Annual returns of the Patna Lunatic Asylum at Bankipore in Bihar and Orissa - 1912-1924
Year: 1912
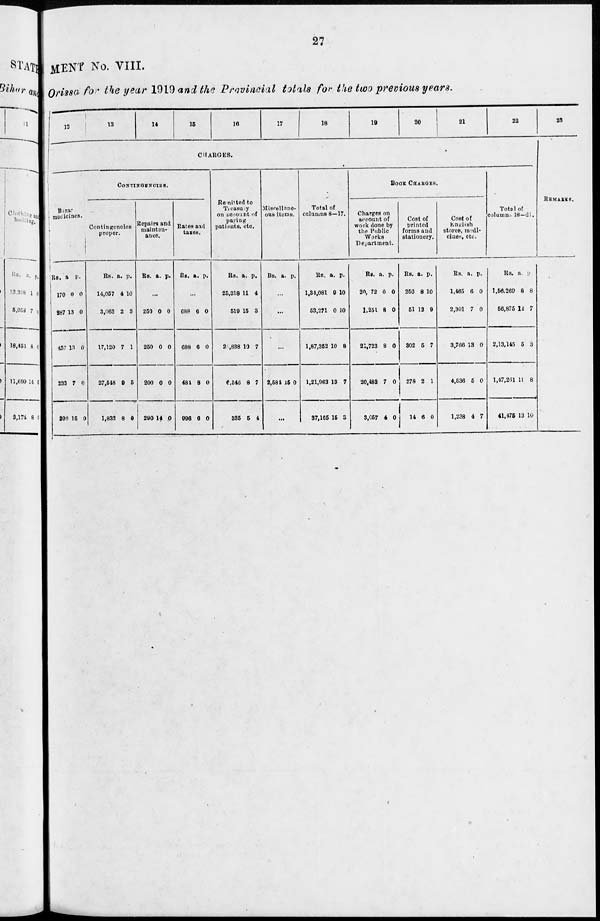
27
MENT No. VIII.
Orissa for the year 1919 and the Provincial totals for the two previous years.
12
13
14
15
16
17
18
19
20
21
22
CHARGES.
CONTINGENCIES.
Bazar
medicines.
Rs.
170
287
457
233
206
a.
0
13
13
7
15
p.
0
0
0
0
0
Contingencies
proper.
Rs.
14,057
3,063
17,120
27,548
1,832
a.
4
2
7
9
8
p.
10
3
1
5
0
Repairs and
mainten-
ance.
RS. a. p.
...
250
250
200
290
0
0
0
14
0
0
0
0
Rates and
taxes.
RS. a.
p.
...
688
688
481
996
6
0
8
6
0
0
0
0
Remitted to
Treasury
on account of
paying
patients, etc.
RS.
25,318
519
2 ,838
6,546
335
a.
11
15
10
8
5
p.
4
3
7
7
4
Miscellane-
ous items.
Rs. a.
p.
...
...
...
2,584 15 0
...
Total of
columns 8—17.
RS.
1,34,081
53,271
1,87,352
1,21,963
37,165
a.
9
0
10
13
15
p.
10
10
8
7
3
BOOK CHARGES.
Charges on
account of
work done by
the Public
Works
Department.
RS.
20, 72
1,251
21,723
20,463
3,057
a.
0
8
8
7
4
p.
0
0
0
0
0
Cost of
printed
forms and
stationer.
Rs.
250
51
302
278
14
a.
8
12
5
2
6
p.
10
9
7
1
0
Cost of
English
stores, medi-
cines, etc.
Rs.
1,465
2,301
3,766
4,536
1,238
a.
6
7
13
5
4
p.
0
0
0
0
7
Totol of
columns 18—21.
Rs.
1,56,260
56,876
2,13,145
1,47,261
41,475
a.
8
12
5
11
13
p.
8
7
3
8
10
23
REMARKS.